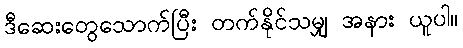
ဒီဆေးတွေသောက်ပြီး တက်နိုင်သမျှ အနား ယူပါ။